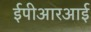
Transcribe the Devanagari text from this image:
ईपीआरआई